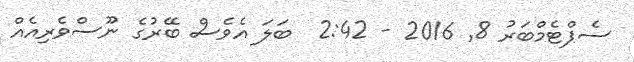
ސެޕްޓެމްބަރު 8